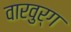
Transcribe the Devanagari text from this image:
वारवुर्ग